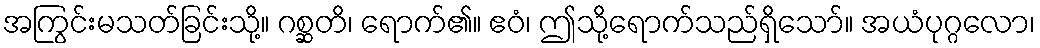
အကြွင်းမသတ်ခြင်းသို့။ ဂစ္ဆတိ၊ ရောက်၏။ ဧဝံ၊ ဤသို့ရောက်သည်ရှိသော်။ အယံပုဂ္ဂလော၊